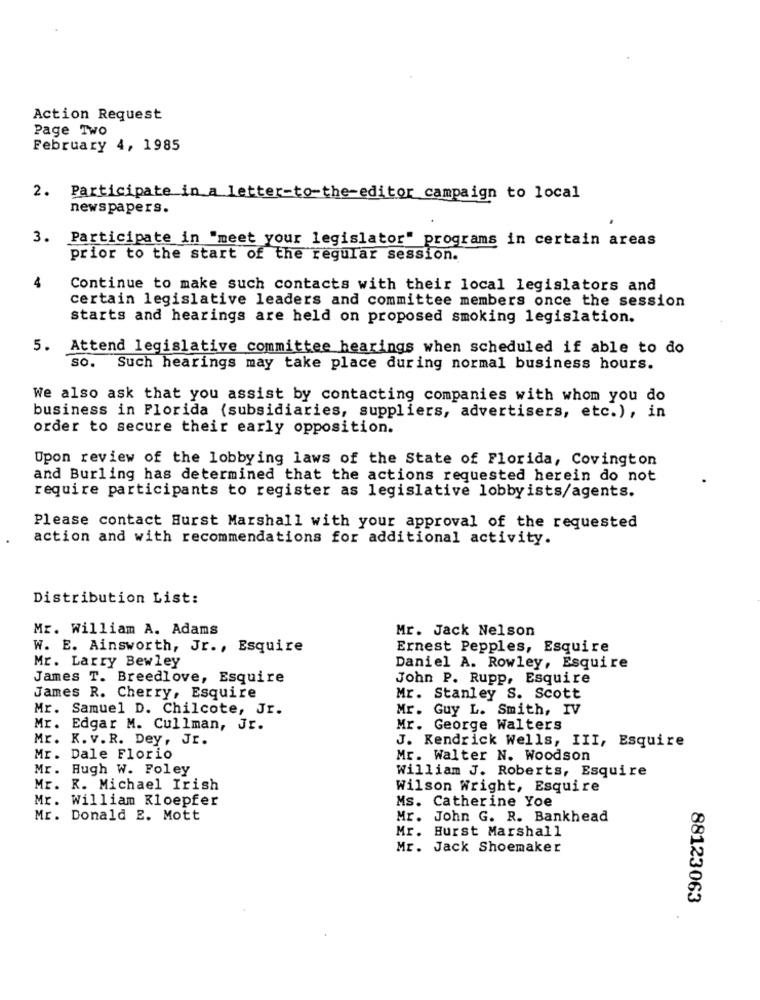
Action Request
Page Two
February 4, 1985
2. Participate in a letter-to-the-editor campaign to local
newspapers.
3.
Participate in "meet your legislator" programs in certain areas
prior to the start of the regular session.
4
Continue to make such contacts with their local legislators and
certain legislative leaders and committee members once the session
starts and hearings are held on proposed smoking legislation.
5. Attend legislative committee hearings when scheduled if able to do
so. Such hearings may take place during normal business hours.
We also ask that you assist by contacting companies with whom you do
business in Florida (subsidiaries, suppliers, advertisers, etc.), in
order to secure their early opposition.
Upon review of the lobbying laws of the State of Florida, Covington
and Burling has determined that the actions requested herein do not
require participants to register as legislative lobbyists/agents.
Please contact Hurst Marshall with your approval of the requested
action and with recommendations for additional activity.
Distribution List:
Mr. William A. Adams
Mr. Jack Nelson
W. E. Ainsworth, Jr ., Esquire
Ernest Pepples, Esquire
Mr. Larry Bewley
Daniel A. Rowley, Esquire
James T. Breedlove, Esquire
John P. Rupp, Esquire
James R. Cherry, Esquire
Mr. Stanley S. Scott
Mr.
Samuel D. Chilcote, Jr.
Mr. Guy L. Smith, IV
Mr. Edgar M. Cullman, Jr.
Mr. George Walters
Mr. K. v.R. Dey, Jr.
J. Kendrick Wells, III, Esquire
Mr. Dale Florio
Mr. Walter N. Woodson
Mr. Hugh W. Foley
William J. Roberts, Esquire
Mr. R. Michael Irish
Wilson Wright, Esquire
Mr. William Kloepfer
Ms. Catherine Yoe
Mr. Donald E. Mott
Mr. John G. R. Bankhead
Mr. Hurst Marshall
Mr. Jack Shoemaker
88123063